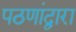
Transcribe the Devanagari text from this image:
पठणांद्वारा